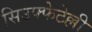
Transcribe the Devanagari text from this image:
सिउफ्फेटेल्ली